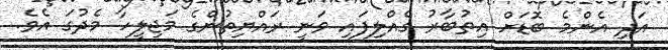
އަދި އެންމެ ބޮޑަށް އިތުބާރު ގެއްލިފައި ވަނީ ރައްޔިތުންގެ މަޖިލީހާ މެދުގަ އެވެ.